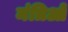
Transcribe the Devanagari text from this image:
मंत्रिओं